Leprosy in India: report of the Leprosy Commission in India, 1890-91
Year: 1890
Disease focus: Leprosy
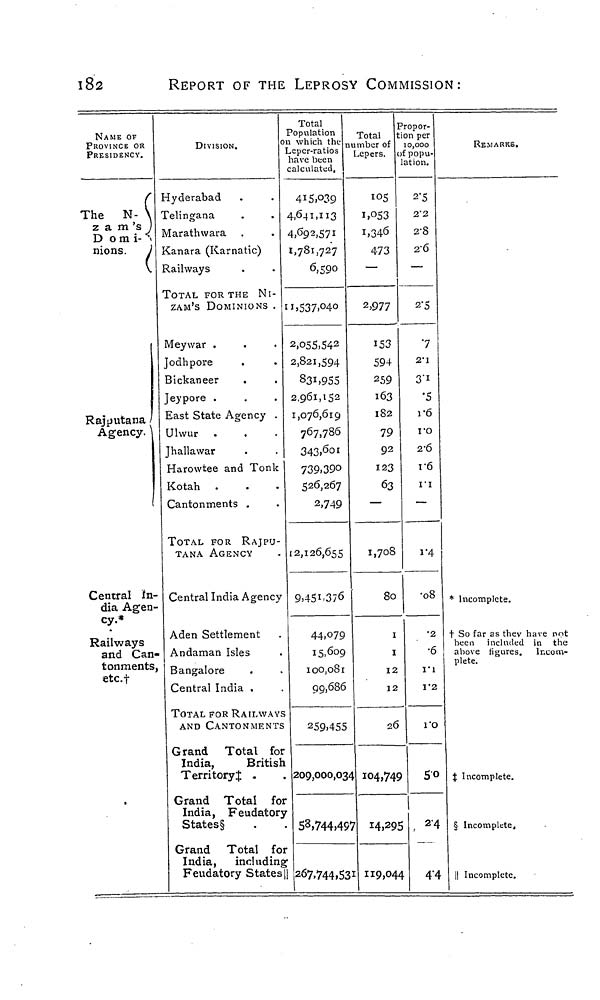
182
REPORT OF THE LEPROSY COMMISSION:
NAME OF
PROVINCE OR
PRESIDENCY.
(
The N- \
z a m 's )
D o m i- v
nions. J
Rajputana /
Agency. \
Central In-
dia Agen-
cy.*
Railways
and Can-
tonments,
p+r +
CLL.T
DIVISION.
Hyderabad
Telingana
Marathwara
Kanara (Karnatic)
Railways
TOTAL FOR THE NI-
ZAM'S DOMINIONS .
Meywar .
Jodhpore
Bickaneer
Jeypore .
East State Agency .
Ulwur .
Jhallawar
Harowtee and Tonk
Kotah .
Cantonments .
TOTAL FOR RAJPU-
TANA AGENCY
Central India Agency
Aden Settlement
Andaman Isles
Bangalore
Central India .
TOTAL FOR RAILWAY
AND CANTONMENT
Grand Total fo
India,
Britis'
Territory} .
Grand Total fo
India, Feudator
States§
Grand Total fo
India, includin
Feudatory States
Total
Population
n which the
Leper-ratios
have been
calculated,
4I5.O39
4,64I.U3
4,692,571
1,781,727
6,590
11 5 537.°4O
2,O55,54 2
2,821,594
831,955
2,961,152
1,076,619
767,786
343.601
739,390
526,267
2,749
12,126,655
9.45^376
44,079
15,609
100,081
99,686
g
3
259,455
r
1
. 209,000,03
r
y
• 53,744,4S
r
II 267,744,5:
Total
umber of
Lepers.
105
I,O53
J ,346
473
—
2,977
153
594
259
163
182
79
92
123
63
—
1,708
80
1
1
12
12
26
4 104,74
>7 14,29
ji 119,04
Propor-
tion per
10,000
)f popu-
lation.
2'5
2'2
2-8
2-6
—
2-5
•7
2'1
•5
i-6
ro
2-6
i-6
ri
—
i # 4
•08
•2
•6
ri
1*2
I'O
?
So
I
1
5 . 2 "4
4
4"4
REMARKS.
* Incomplete.
t So far as thev have nnt
been included in the
above figures.
Incom-
plete.
% Incomplete.
§ Incomplete,
|| Incomplete,